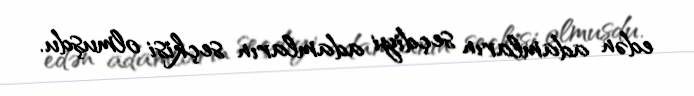
edən adamların seçdiyi adamların seçkisi olmuşdu.